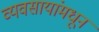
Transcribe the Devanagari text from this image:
व्यवसायांमधून